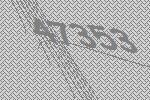
47353